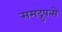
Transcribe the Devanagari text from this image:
समद्रुपत्से